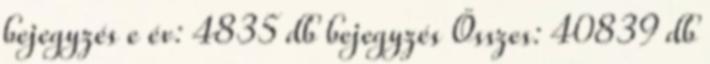
bejegyzés e év: 4835 db bejegyzés Összes: 40839 db